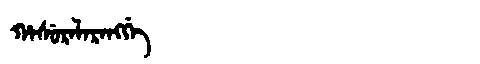
Manchu: ᡥᠠᠰᡠᡵᠠᠯᠠᡵᠠᠩᡤᡝ
Romanization: HASURALARANGGE